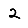
Digit: 2